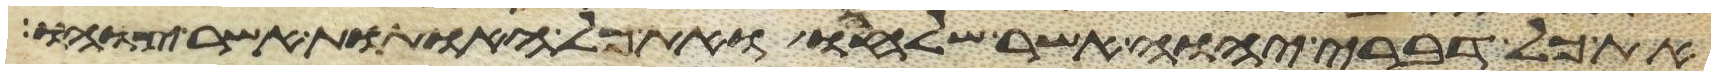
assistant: את כל דברי יהוה אשר שלחו ואת כל האתות אשר צוהו